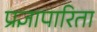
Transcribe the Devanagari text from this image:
प्रज्ञापारिता